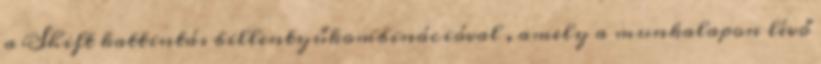
a Shift kattintás billentyűkombinációval , amely a munkalapon lévő